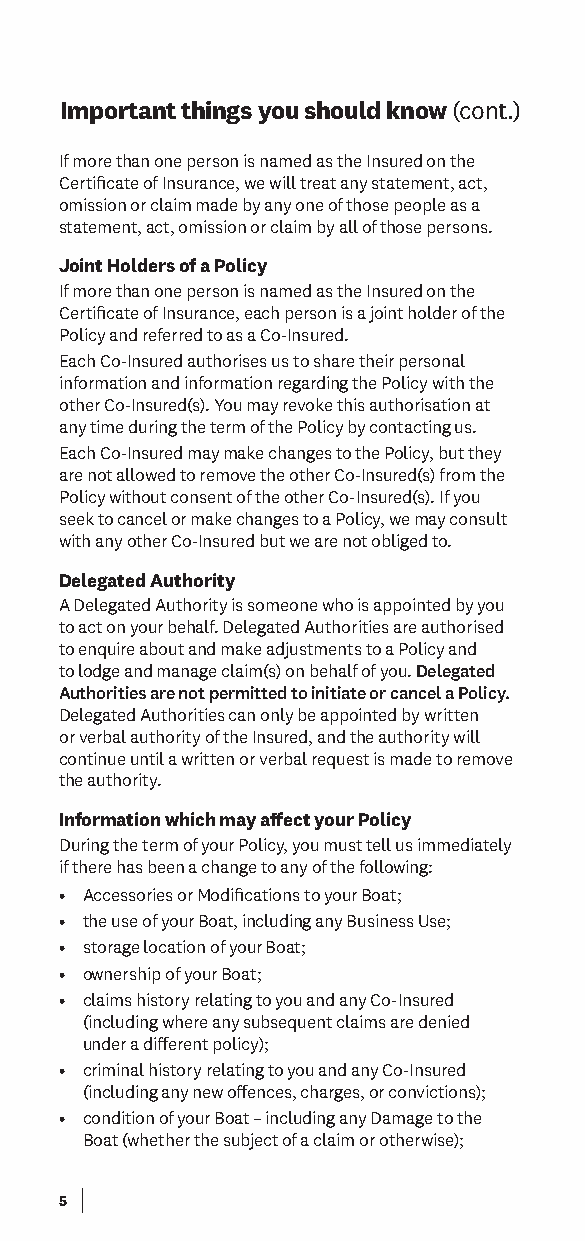
Important things you should know (cont.)
 If more than one person is named as the Insured on the
 Certifcate of Insurance, we will treat any statement, act,
 omission or claim made by any one of those people as a
 statement, act, omission or claim by all of those persons.
 Joint Holders of a Policy
 If more than one person is named as the Insured on the
 Certifcate of Insurance, each person is a joint holder of the
 Policy and referred to as a Co-Insured.
 Each Co-Insured authorises us to share their personal
 information and information regarding the Policy with the
 other Co-Insured(s). You may revoke this authorisation at
 any time during the term of the Policy by contacting us.
 Each Co-Insured may make changes to the Policy, but they
 are not allowed to remove the other Co-Insured(s) from the
 Policy without consent of the other Co-Insured(s). If you
 seek to cancel or make changes to a Policy, we may consult
 with any other Co-Insured but we are not obliged to.
 Delegated Authority
 A Delegated Authority is someone who is appointed by you
 to act on your behalf. Delegated Authorities are authorised
 to enquire about and make adjustments to a Policy and
 to lodge and manage claim(s) on behalf of you. Delegated
 Authorities are not permitted to initiate or cancel a Policy.
 Delegated Authorities can only be appointed by written
 or verbal authority of the Insured, and the authority will
 continue until a written or verbal request is made to remove
 the authority.
 Information which may afect your Policy
 During the term of your Policy, you must tell us immediately
 if there has been a change to any of the following:
 • Accessories or Modifcations to your Boat;
 • the use of your Boat, including any Business Use;
 • storage location of your Boat;
 • ownership of your Boat;
 • claims history relating to you and any Co-Insured
 (including where any subsequent claims are denied
 under a diferent policy);
 • criminal history relating to you and any Co-Insured
 (including any new ofences, charges, or convictions);
 • condition of your Boat – including any Damage to the
 Boat (whether the subject of a claim or otherwise);
 5